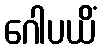
ဂေါပယိံ